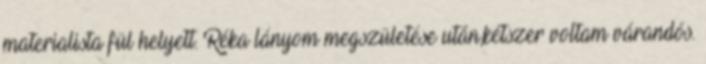
materialista fül helyett. Réka lányom megszületése után,kétszer voltam várandós.